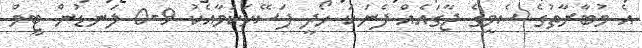
އެ މުބާރާތުގެ ސެމީގެ ޖާގައެއް ފެނަކަ ހޯދީ ފަސޭހަކަމާއެކު 9-0 ލަނޑުން ޓީމް